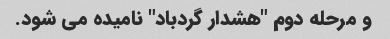
و مرحله دوم "هشدار گردباد" نامیده می شود.